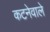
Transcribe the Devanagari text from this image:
कटनेवाले